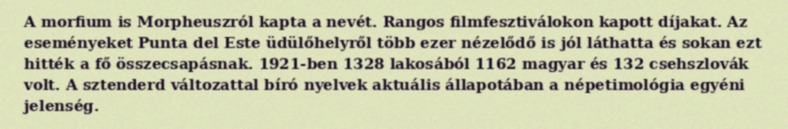
A morfium is Morpheuszról kapta a nevét. Rangos filmfesztiválokon kapott díjakat. Az eseményeket Punta del Este üdülőhelyről több ezer nézelődő is jól láthatta és sokan ezt hitték a fő összecsapásnak. 1921-ben 1328 lakosából 1162 magyar és 132 csehszlovák volt. A sztenderd változattal bíró nyelvek aktuális állapotában a népetimológia egyéni jelenség.